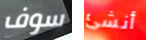
سوف أنشئ